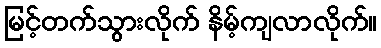
မြင့်တက်သွားလိုက် နိမ့်ကျလာလိုက်။